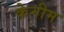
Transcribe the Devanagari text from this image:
केनीम